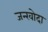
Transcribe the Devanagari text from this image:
जन्खोदा